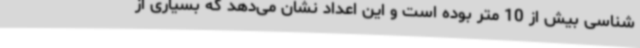
شناسی بیش از 10 متر بوده است و این اعداد نشان می‌دهد که بسیاری از